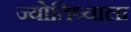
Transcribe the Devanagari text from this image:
ज्योतिष्याला